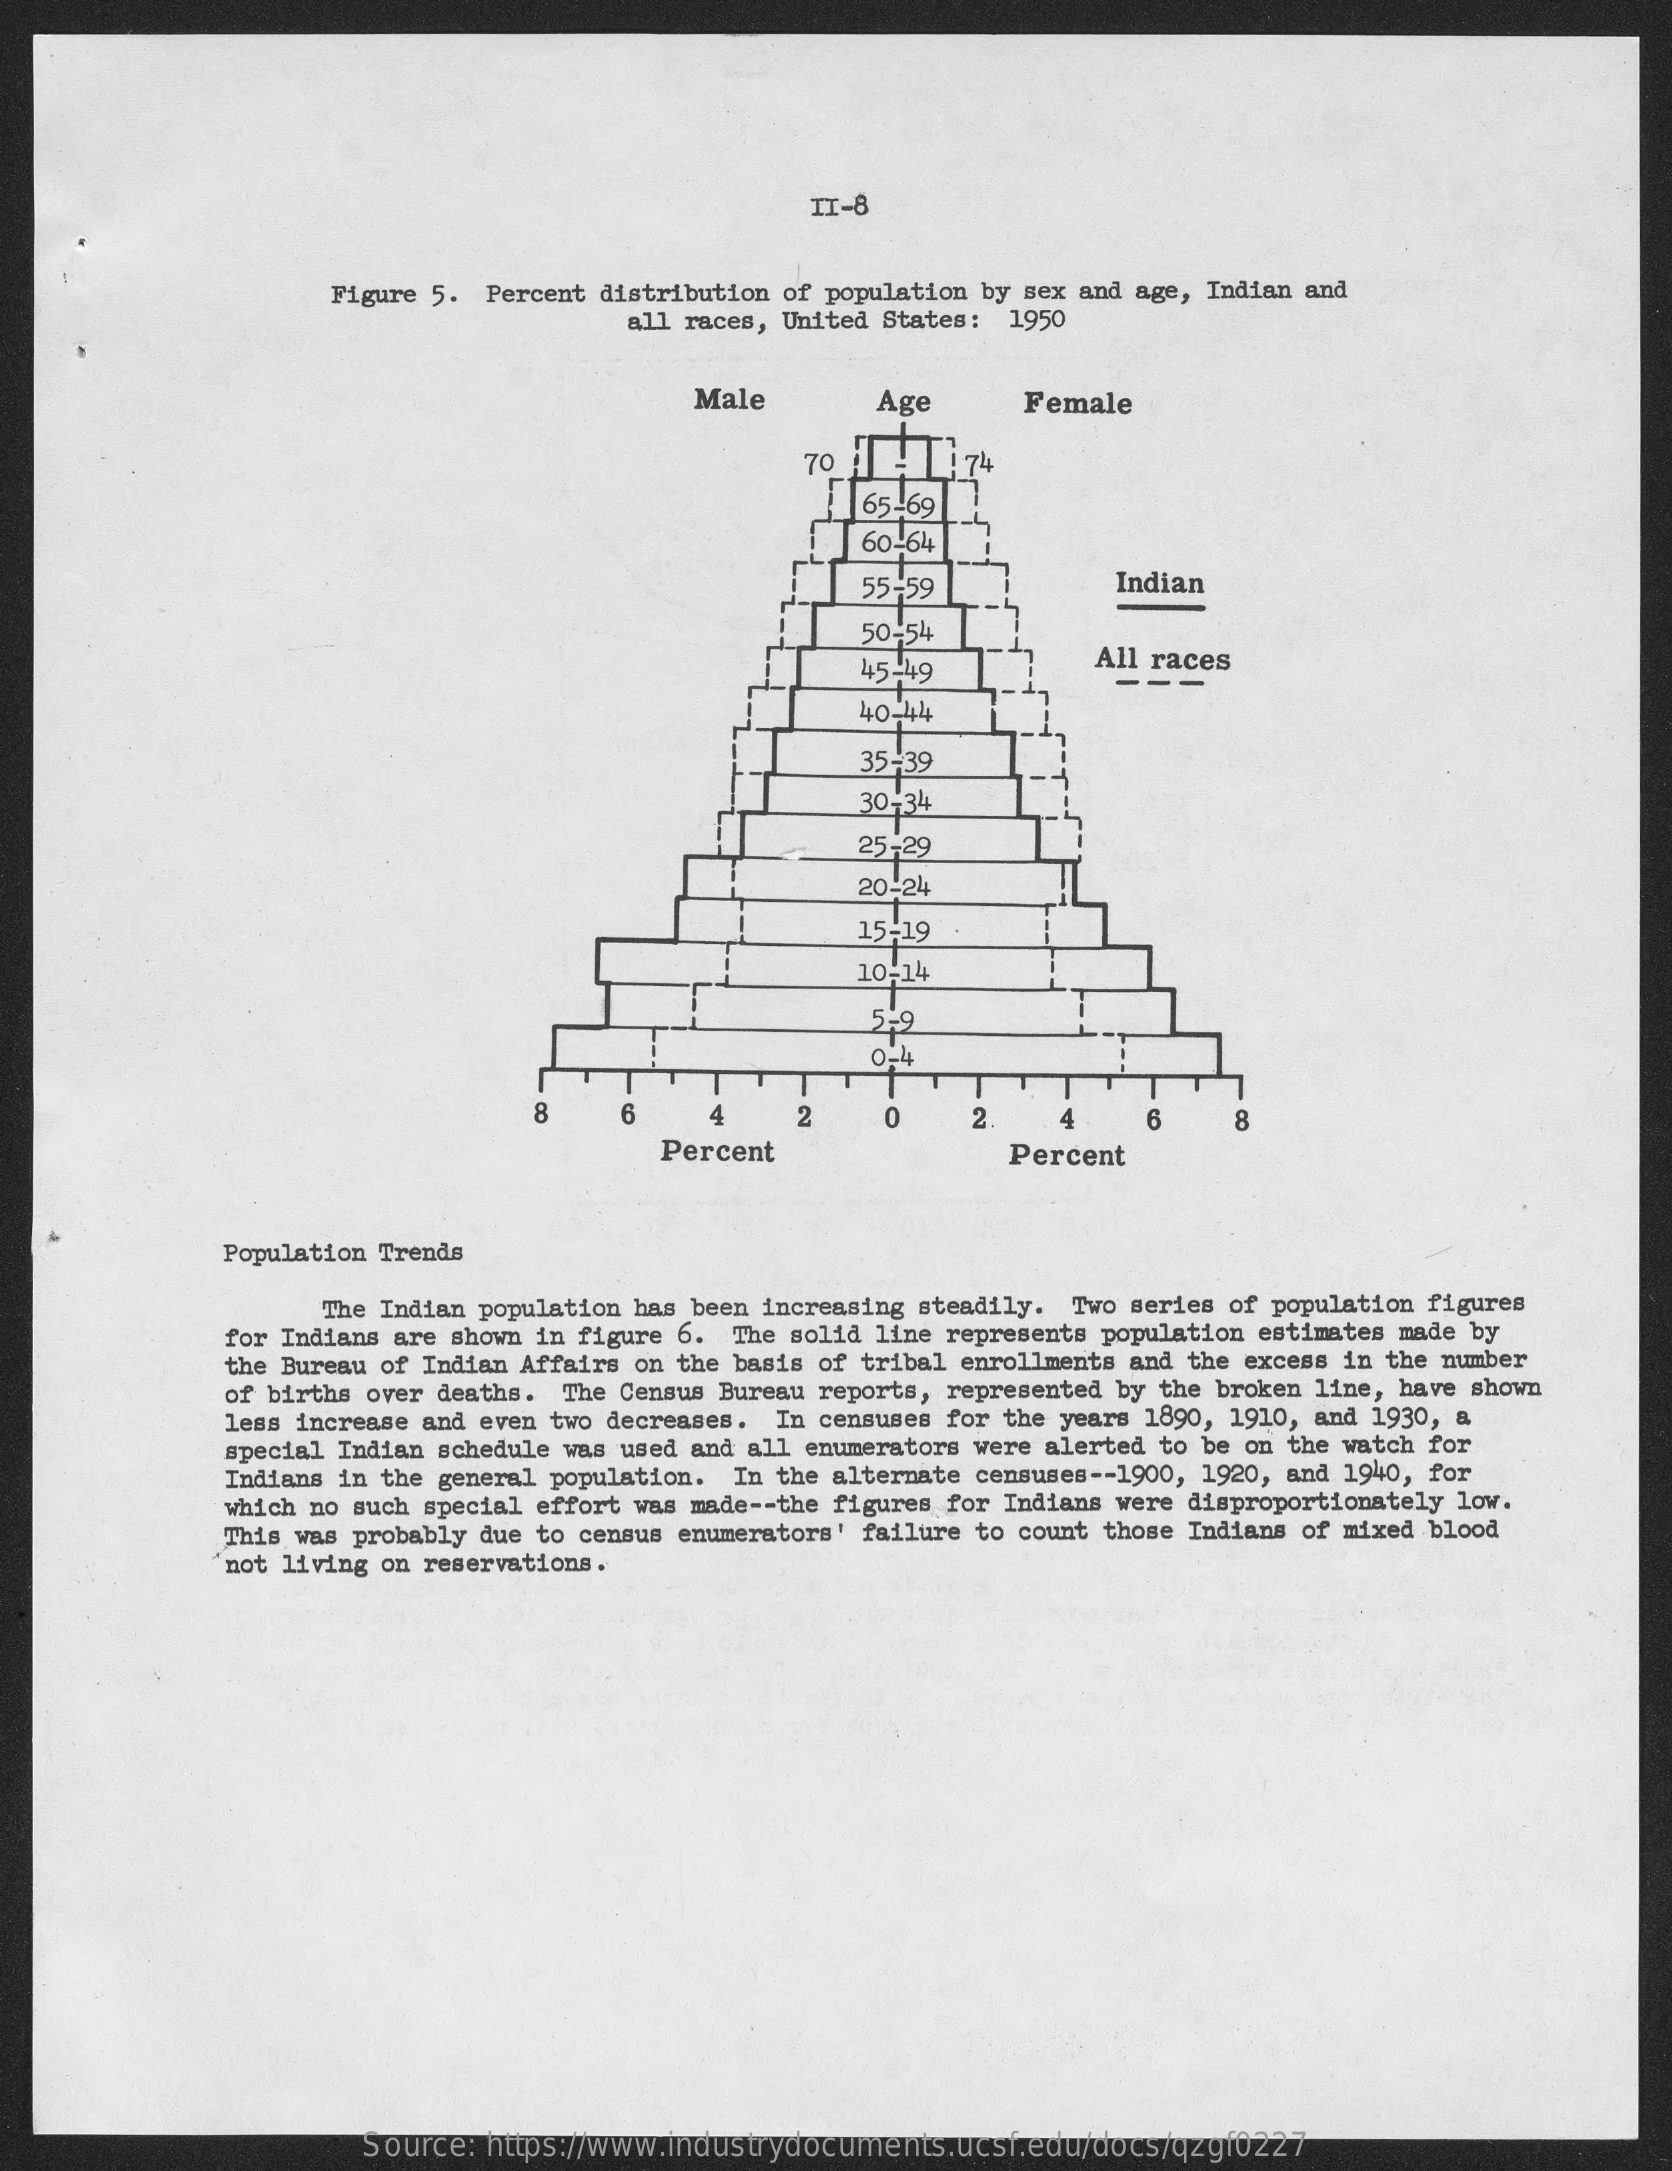
II-8
     Figure 5. Percent distribution of population by sex and age, Indian and
     all races, United States: 1950
     Male    Age    Female
     70    74
     65-69
     60-64
     55-59    Indian
     50-54
     45-49    All races
     ---
     40-44
     35-39
     30-34
     25-29
     20-24
     15-19
     10-14
     0-
     8    4    2    8
     Percent    Percent
     Population Trends
     The Indian population has been increasing steadily. Two series of population figures
     for Indians are shown in figure 6. The solid line represents population estimates made by
     the Bureau of Indian Affairs on the basis of tribal enrollments and the excess in the number
     of births over deaths. The Census Bureau reports, represented by the broken line, have shown
     less increase and even two decreases. In censuses for the years 1890, 1910, and 1930, &
     special Indian schedule was used and all enumerators were alerted to be on the watch for
     Indians in the general population. In the alternate censuses -- 1900, 1920, and 1940, for
     which no such special effort was made -- the figures for Indians were disproportionately low.
     This was probably due to census enumerators' failure to count those Indians of mixed blood
     not living on reservations.
     Source: https://www.industrydocuments.ucsf.edu/docs/qzgf0227